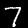
Label: 7